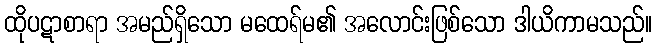
ထိုပဋာစာရာ အမည်ရှိသော မထေရ်မ၏ အလောင်းဖြစ်သော ဒါယိကာမသည်။